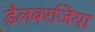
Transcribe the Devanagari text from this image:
डैलबरजिया